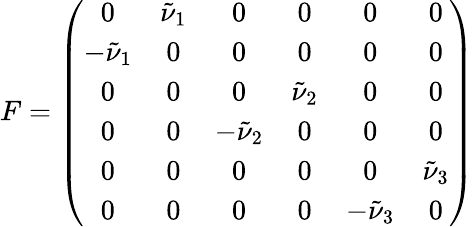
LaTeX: F=\left(\begin{array}{cccccc}{{0}}&{{\tilde{\nu}_{1}}}&{{0}}&{{0}}&{{0}}&{{0}}\\ {{-\tilde{\nu}_{1}}}&{{0}}&{{0}}&{{0}}&{{0}}&{{0}}\\ {{0}}&{{0}}&{{0}}&{{\tilde{\nu}_{2}}}&{{0}}&{{0}}\\ {{0}}&{{0}}&{{-\tilde{\nu}_{2}}}&{{0}}&{{0}}&{{0}}\\ {{0}}&{{0}}&{{0}}&{{0}}&{{0}}&{{\tilde{\nu}_{3}}}\\ {{0}}&{{0}}&{{0}}&{{0}}&{{-\tilde{\nu}_{3}}}&{{0}}\end{array}\right)